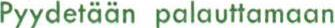
Pyydetään palauttamaan